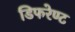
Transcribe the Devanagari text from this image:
डिफरेण्ट